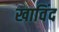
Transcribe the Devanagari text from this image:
खाविंद